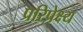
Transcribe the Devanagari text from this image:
प्ररिप्रेक्ष्य